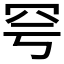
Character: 𦉿